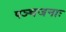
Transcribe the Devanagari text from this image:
पञ्चजनाः